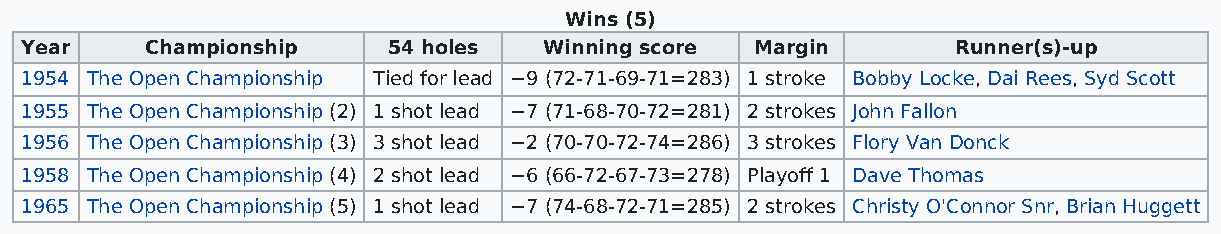
Wins (5)
 Year     Championship    54 holes  Winning score Margin       Runner(s)-up
 1954 The Open Championship Tied for lead −9 (72-71-69-71=283) 1 stroke Bobby Locke, Dai Rees, Syd Scott
 1955 The Open Championship (2) 1 shot lead −7 (71-68-70-72=281) 2 strokes John Fallon
 1956 The Open Championship (3) 3 shot lead −2 (70-70-72-74=286) 3 strokes Flory Van Donck
 1958 The Open Championship (4) 2 shot lead −6 (66-72-67-73=278) Playoff 1 Dave Thomas
 1965 The Open Championship (5) 1 shot lead −7 (74-68-72-71=285) 2 strokes Christy O'Connor Snr, Brian Huggett